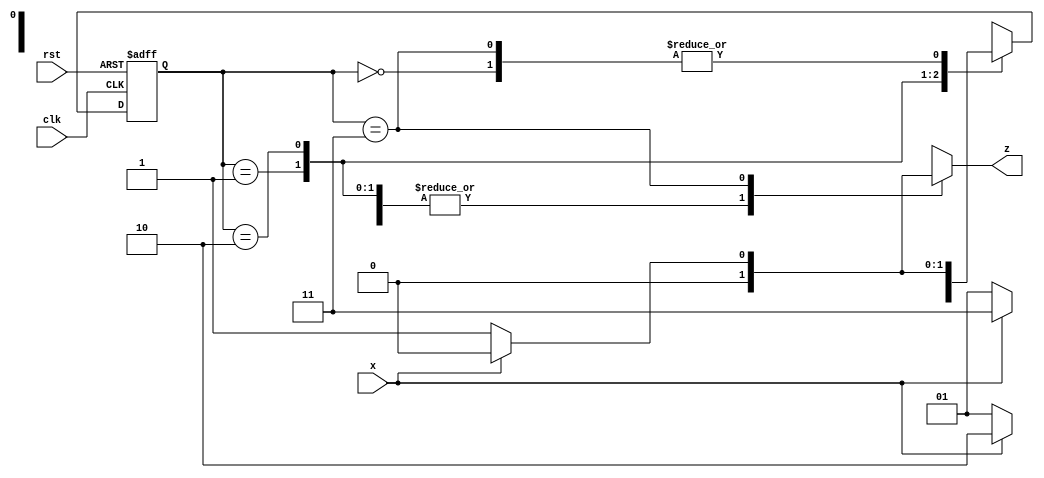
//detect pattern in serial bit stream "0110"

module pattern_detect(z,x,clk,rst);
output reg z;
input x;
input clk,rst;

//define states S0,S1,S2,S3, PS=Present State, NS = Next State
//reg [0:2] state;

parameter S0 = 0, S1 = 1, S2 = 2, S3 = 3 ;

//use NS and PS to store state values

reg [0:1] PS, NS;

always @(posedge clk or posedge rst) begin
	
	if (rst) PS <= S0;
	else 	 PS <= NS;
	
	//ternary can also be used but it will give output in x,z for input x,z
	//PS = rst ? S0 : NS;
	
end

always @ (PS,x)
	case (PS)
		S0: begin
				z = x ? 0 : 0;
				NS = x ? S0 : S1 ;
			end
		
		S1: begin
				z = x ? 0 : 0;
				NS = x ? S2 : S1 ;
			end
		
		S2: begin
				z = x ? 0 : 0;
				NS = x ? S3 : S1 ;
			end
		
		S3: begin
				z = x ? 0 : 1;
				NS = x ? S0 : S1 ;
			end
		default: NS = S0;
	endcase

endmodule